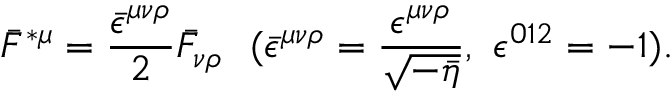
\bar { F } ^ { \ast \mu } = \frac { \bar { \epsilon } ^ { \mu \nu \rho } } { 2 } \bar { F } _ { \nu \rho } ~ ~ ( \bar { \epsilon } ^ { \mu \nu \rho } = \frac { \epsilon ^ { \mu \nu \rho } } { \sqrt { - \bar { \eta } } } , ~ \epsilon ^ { 0 1 2 } = - 1 ) .